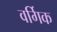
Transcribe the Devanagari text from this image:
वर्गिक